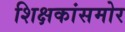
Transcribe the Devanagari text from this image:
शिक्षकांसमोर